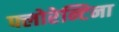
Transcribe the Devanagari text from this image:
फ्लोरेन्टिना